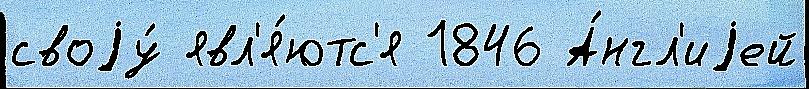
своjу́ явл'я́ютс'я 1846 А́нгл'иjей